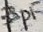
Text: 33pF